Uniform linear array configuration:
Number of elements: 12
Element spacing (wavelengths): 0.5
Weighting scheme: binomial
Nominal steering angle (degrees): -30
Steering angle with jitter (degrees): -31.65
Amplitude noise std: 0.05
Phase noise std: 0.05

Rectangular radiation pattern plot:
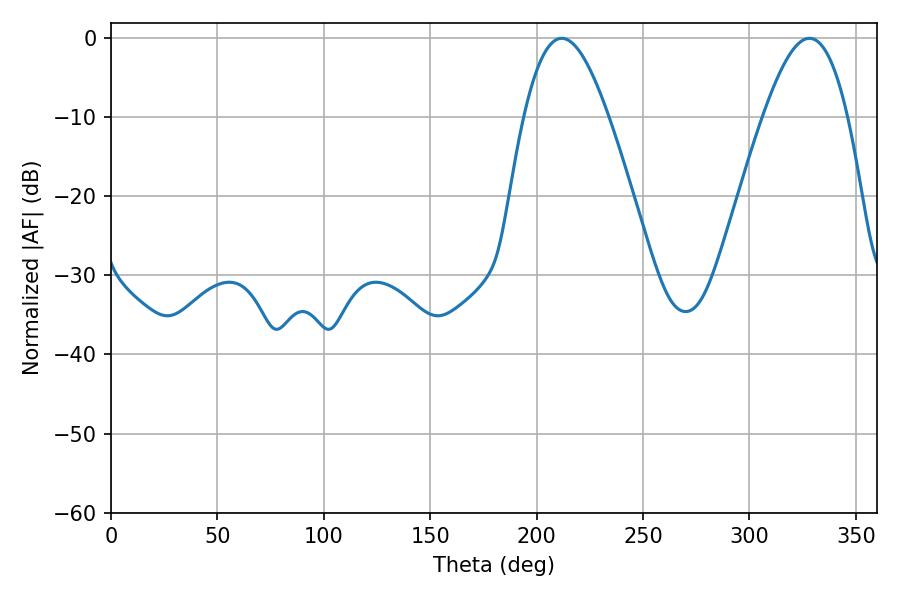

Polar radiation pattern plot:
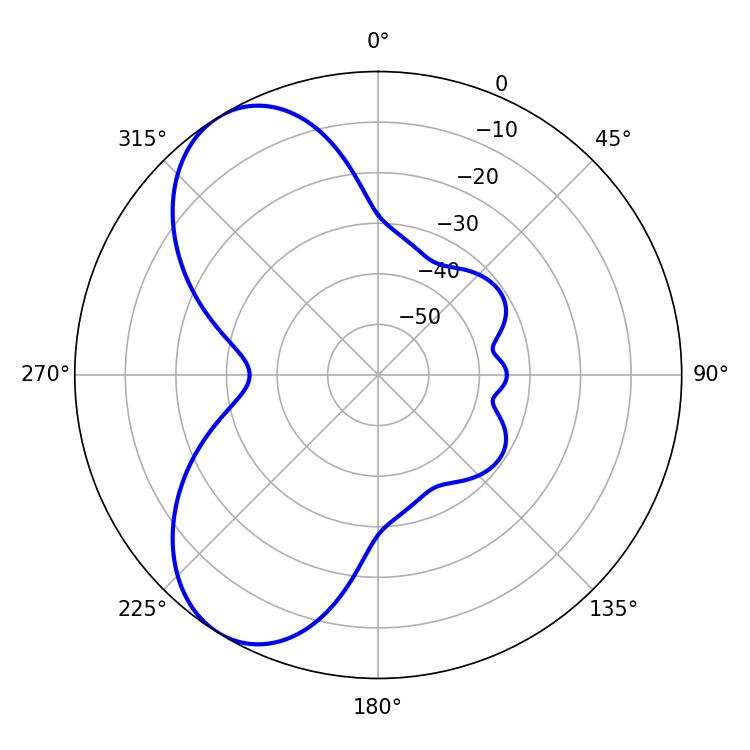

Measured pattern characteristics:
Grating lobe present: FALSE
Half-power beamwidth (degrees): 21.6
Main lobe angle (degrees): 211.86